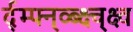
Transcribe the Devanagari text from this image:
र्द्म्फ्न्व्ब्क्ष्च्क्ष्व